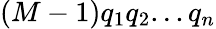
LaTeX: (M-1)q_{1}q_{2}...q_{n}